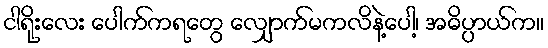
ငါရိုးလေး ပေါက်ကရတွေ လျှောက်မကလိနဲ့ပေါ့၊ အဓိပ္ပာယ်က။